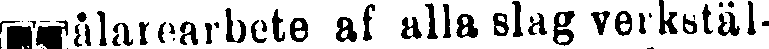
Målararbete af alla slag verkstäl-